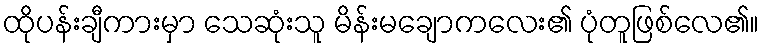
ထိုပန်းချီကားမှာ သေဆုံးသူ မိန်းမချောကလေး၏ ပုံတူဖြစ်လေ၏။